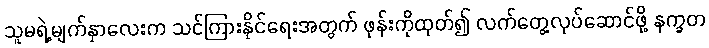
သူမရဲ့မျက်နှာလေးက သင်ကြားနိုင်ရေးအတွက် ဖုန်းကိုထုတ်၍ လက်တွေ့လုပ်ဆောင်ဖို့ နက္ခတ